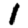
Digit: 1